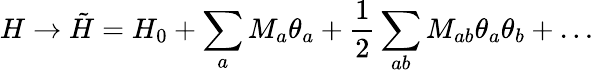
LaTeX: H\rightarrow\tilde{H}=H_{0}+\sum_{a}M_{a}\theta_{a}+\frac{1}{2}\sum_{ab}M_{ab}\theta_{a}\theta_{b}+\ldots